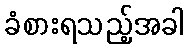
ခံစားရသည့်အခါ